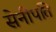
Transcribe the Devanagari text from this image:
सेनीपति